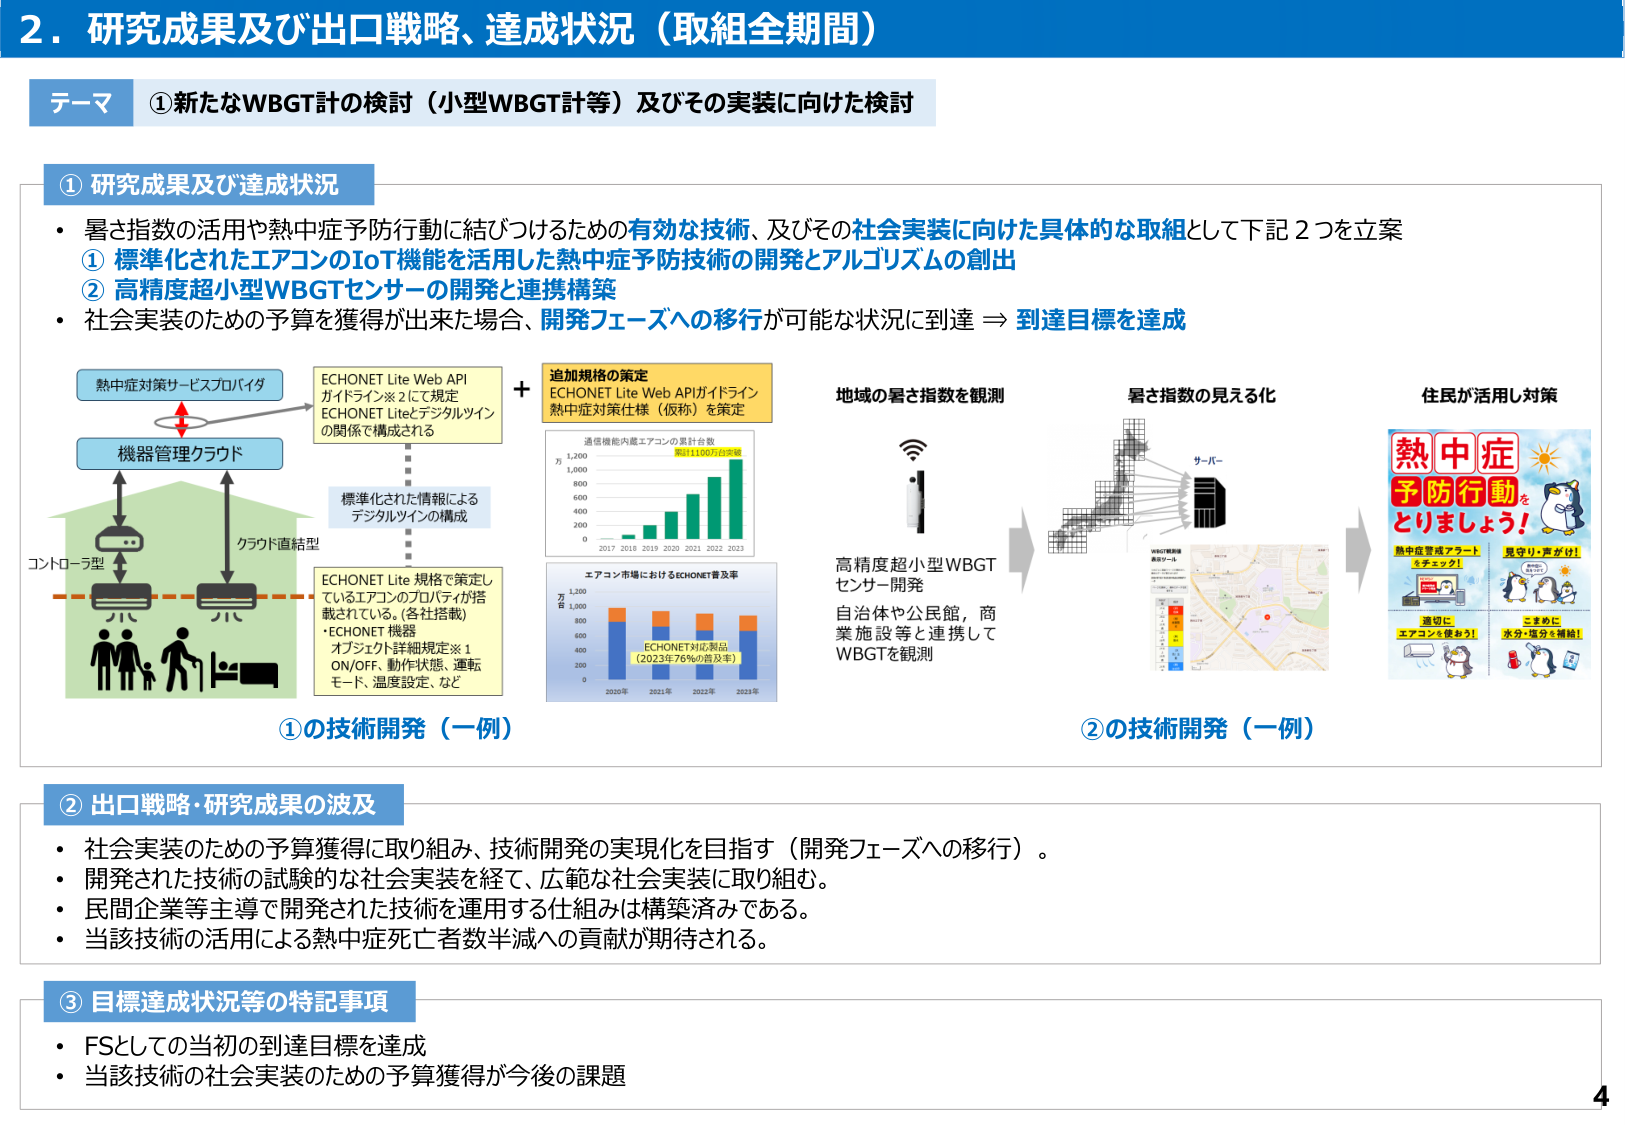
2．研究成果及び出口戦略、達成状況（取組全期間）

テーマ ①新たなWBGT計の検討（小型WBGT計等）及びその実装に向けた検討

① 研究成果及び達成状況
・ 暑さ指数の活用や熱中症予防行動に結びつけるための有効な技術、及びその社会実装に向けた具体的な取組として下記2つを立案
　① 標準化されたエアコンのIoT機能を活用した熱中症予防技術の開発とアルゴリズムの創出
　② 高精度超小型WBGTセンサーの開発と連携構築
・ 社会実装のための予算を獲得が出来た場合、開発フェーズへの移行が可能な状況に到達 ⇒ 到達目標を達成

熱中症対策サービスプロバイダ
機器管理クラウド
コントローラ型
クラウド直結型

ECHONET Lite Web API
ガイドライン※2で規定
ECHONET Liteデジタルツイン
の関係で構成される

＋
追加規格の策定
ECHONET Lite Web APIガイドライン
熱中症対策仕様（仮称）を策定

標準化された情報による
デジタルツインの構成

ECHONET Lite 規格で策定し
ているエアコンのプロパティが搭
載されている。（各社搭載）
・ECHONET 機器
　オブジェクト詳細規定※1
　ON/OFF、動作状態、運転
　モード、温度設定、など

通信機能内蔵エアコンの累計台数
累計1100万台突破
2017 2018 2019 2020 2021 2022 2023
0 200 400 600 800 1,000 1,200
万台

エアコン市場におけるECHONET普及率
ECHONET対応製品
（2023年76%の普及率）
2020年 2021年 2022年 2023年
0 200 400 600 800 1,000 1,200
万台

地域の暑さ指数を観測
暑さ指数の見える化
住民が活用し対策

高精度超小型WBGT
センサー開発
自治体や公民館、商
業施設等と連携して
WBGTを観測

サーバー

WBGT観測
表示ツール

熱中症
予防行動
を
とりましょう！

熱中症警戒アラート
チェック！

見守り・声がけ！

適切に
エアコンを使おう！

こまめに
水分・塩分を補給！

①の技術開発（一例）
②の技術開発（一例）

② 出口戦略・研究成果の波及
・ 社会実装のための予算獲得に取り組み、技術開発の実現化を目指す（開発フェーズへの移行）。
・ 開発された技術の試験的な社会実装を経て、広範な社会実装に取り組む。
・ 民間企業等主導で開発された技術を運用する仕組みは構築済みである。
・ 当該技術の活用による熱中症死亡者数半減への貢献が期待される。

③ 目標達成状況等の特記事項
・ FSとしての当初の到達目標を達成
・ 当該技術の社会実装のための予算獲得が今後の課題

4